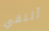
ألتقي